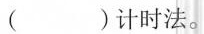
（）计时法。